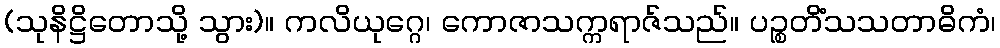
(သုနိဋ္ဌိတောသို့ သွား)။ ကလိယုဂ္ဂေ၊ ကောဇာသက္ကရာဇ်သည်။ ပဉ္စတိံသသတာဓိကံ၊